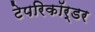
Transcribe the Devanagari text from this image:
टेपरिकॉर्डर